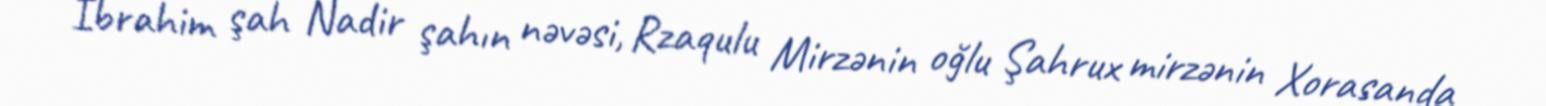
İbrahim şah Nadir şahın nəvəsi, Rzaqulu Mirzənin oğlu Şahrux mirzənin Xorasanda